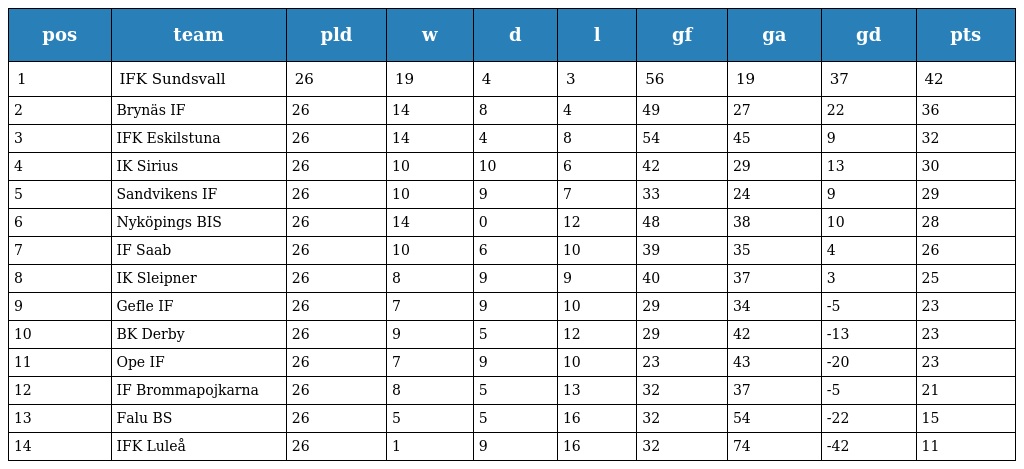
| pos | team | pld | w | d | l | gf | ga | gd | pts |
 | --- | --- | --- | --- | --- | --- | --- | --- | --- | --- |
 | 1 | IFK Sundsvall | 26 | 19 | 4 | 3 | 56 | 19 | 37 | 42 |
 | 2 | Brynäs IF | 26 | 14 | 8 | 4 | 49 | 27 | 22 | 36 |
 | 3 | IFK Eskilstuna | 26 | 14 | 4 | 8 | 54 | 45 | 9 | 32 |
 | 4 | IK Sirius | 26 | 10 | 10 | 6 | 42 | 29 | 13 | 30 |
 | 5 | Sandvikens IF | 26 | 10 | 9 | 7 | 33 | 24 | 9 | 29 |
 | 6 | Nyköpings BIS | 26 | 14 | 0 | 12 | 48 | 38 | 10 | 28 |
 | 7 | IF Saab | 26 | 10 | 6 | 10 | 39 | 35 | 4 | 26 |
 | 8 | IK Sleipner | 26 | 8 | 9 | 9 | 40 | 37 | 3 | 25 |
 | 9 | Gefle IF | 26 | 7 | 9 | 10 | 29 | 34 | -5 | 23 |
 | 10 | BK Derby | 26 | 9 | 5 | 12 | 29 | 42 | -13 | 23 |
 | 11 | Ope IF | 26 | 7 | 9 | 10 | 23 | 43 | -20 | 23 |
 | 12 | IF Brommapojkarna | 26 | 8 | 5 | 13 | 32 | 37 | -5 | 21 |
 | 13 | Falu BS | 26 | 5 | 5 | 16 | 32 | 54 | -22 | 15 |
 | 14 | IFK Luleå | 26 | 1 | 9 | 16 | 32 | 74 | -42 | 11 |